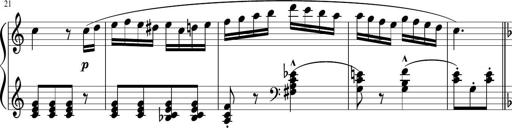
Title: 3 Sonatinen
Composer: Heinrich Lichner